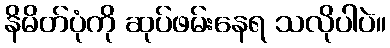
နိမိတ်ပုံကို ဆုပ်ဖမ်းနေရ သလိုပါပဲ။